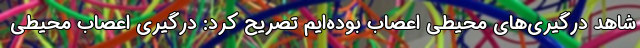
شاهد درگیری‌های محیطی اعصاب بوده‌ایم تصریح کرد: درگیری اعصاب محیطی